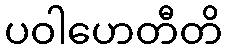
ပဝါဟေတီတိ